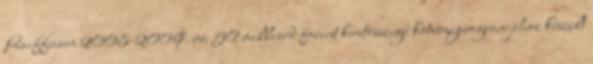
Raiffeisen 2008-2009. évi 50 milliárd forint keretösszegű kötvényprogramjához készült